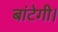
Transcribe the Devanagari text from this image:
बांटेगी।